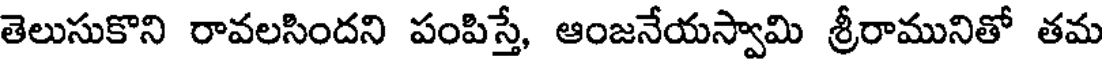
తెలుసుకొని రావలసిందని పంపిస్తే, ఆంజనేయస్వామి శ్రీరామునితో తమ